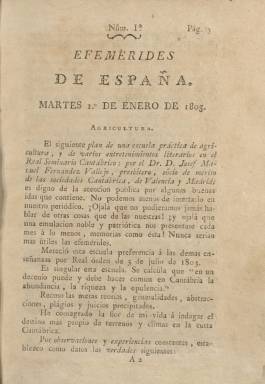
Título: Efemérides de España
Colección: Historia
Ámbito geográfico: Madrid
Lugar de publicación: Madrid
Fechas: 01/01/1805-29/03/1805

Así queda simplificado el título del diario Efemérides de la ilustración de España, del que se habían publicado 91 números, desde el uno de enero al 31 de marzo de 1804. A partir del uno de abril de ese mismo año, se publicará este nuevo título -Efemérides de España- siguiendo la secuencia de su predecesor, es decir, con la entrega número 92. Formando su colección tomos trimestrales, este título en la de la Biblioteca Nacional de España comprende sólo el quinto tomo, que va desde el uno de enero al 29 de marzo de 1805, con entregas secuenciadas de nuevo, desde la 1 a la 36, y con foliación propia y continuada, que en este caso alcanza hasta la página 350.

Las Efemérides… habían dejado de ser un diario, a partir del 26 de octubre de 1804, para convertirse en bisemanario (saliendo martes y viernes). Su formato seguirá siendo en 4º y sus entregas entre 8 y 16 páginas, aunque la mayor parte son de 12 y alguna alcanzará hasta las 26, todas ellas compuestas a una columna, ahora sin grabados y estampadas, “con privilegio real”, primero, en la Oficina de Pedro María Caballero y, después, en la de Eusebio Álvarez.

Las Efemérides… habían sido fundadas y eran propiedad de Julián Velasco, un antiguo colaborador del Diario de Madrid, defensor del pensamiento ilustrado y de un neoclasicismo abierto en materia literaria. En la portada de este quinto tomo aún se indicará [en otras colecciones] “por D.J.D.V.”, que corresponden a las iniciales de su fundador. Alguna bibliografía de referencia expresa que a mediados de 1804 Velasco se lo había vendido al literato, historiador, lexicógrafo y político Pedro María Olive (1767-1843), que desde 1801 hasta junio de ese año 1804 había estado dirigiendo el Memorial literario; pero será en abril de 1805 cuando Olive comience a encargarse de las Efemérides...

El propósito de este periódico será difundir las artes y las ciencias, y sus contenidos serán artículos (algunos de los cuales en entregas) que versarán sobre literatura (española y extranjera), crítica teatral, historia e historia natural, filosofía, legislación, economía política, estadística, geografía, agricultura, química, física, astronomía, meteorología, sanidad, fisiología o beneficencia. Contará con una sección de Cambios (de Madrid, Ámsterdam o Hamburgo, entre otras ciudades españolas y europeas). También insertará algunas composiciones poéticas o algunas crónicas bajo los epígrafes Madrid, Barcelona o Londres, pero se abstendrá de dar cuenta de noticias políticas de actualidad.

Al final de la última entrega del quinto tomo indicará un nuevo plan para esta obra periódica, que ya venía publicando una serie sobre la Historia de los progresos del entendiendo humano en las nacionales cultas de Europa, y principalmente en España. A partir del dos de abril de 1805 continuará su publicación, pero ahora bajo el título ampliado de Nuevas efemérides de España históricas y literarias, ya bajo la dirección de Olive, que también forma parte de la colección de la Biblioteca Nacional de España. Referencias bibliográficas para este título son los trabajos de Aguilar Piñal (1978), Urzainqui (1990, 1992, 1995 y 2000) y Checa Beltrán (2014), y de Cavaillon Giomi (2009) sobre Olive, principalmente.